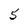
Character: 5